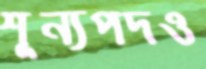
শূন্যপদও